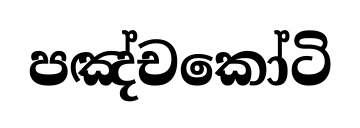
පඤ්චකෝටි